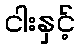
ငါးနှင့်